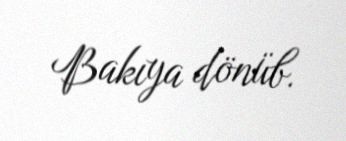
Bakıya dönüb.